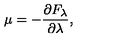
\mu = - \frac { \partial F _ { \lambda } } { \partial \lambda } ,